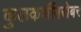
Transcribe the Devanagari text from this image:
कुलकर्णीबरोबर